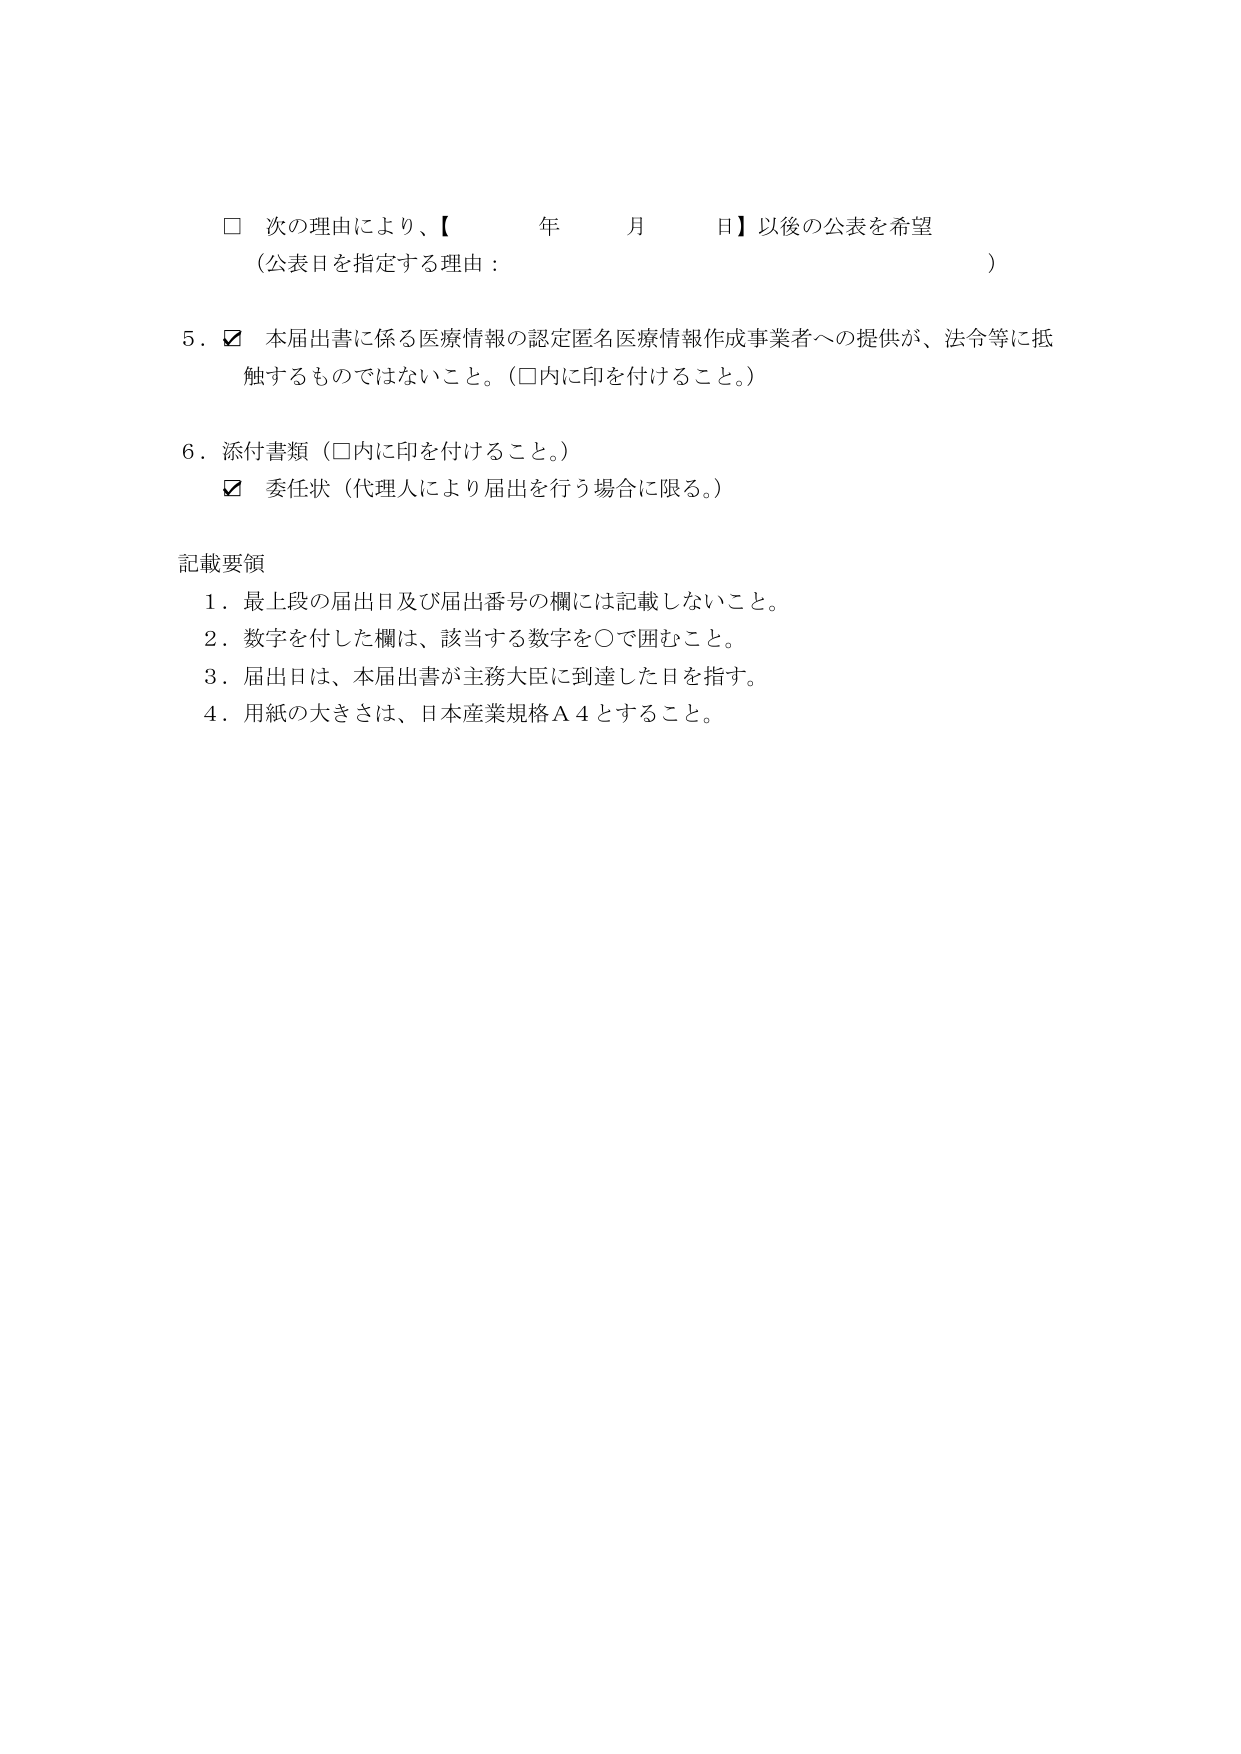
□ 次の理由により、【　　　年　　　月　　　日】以後の公表を希望
（公表日を指定する理由：　　　　　　　　　　　　　　　　　　　　）

5．☑ 本届出書に係る医療情報の認定匿名医療情報作成事業者への提供が、法令等に抵触するものではないこと。（□内に印を付けること。）

6．添付書類（□内に印を付けること。）
　　☑ 委任状（代理人により届出を行う場合に限る。）

記載要領
1．最上段の届出日及び届出番号の欄には記載しないこと。
2．数字を付した欄は、該当する数字を○で囲むこと。
3．届出日は、本届出書が主務大臣に到達した日を指す。
4．用紙の大きさは、日本産業規格Ａ４とすること。